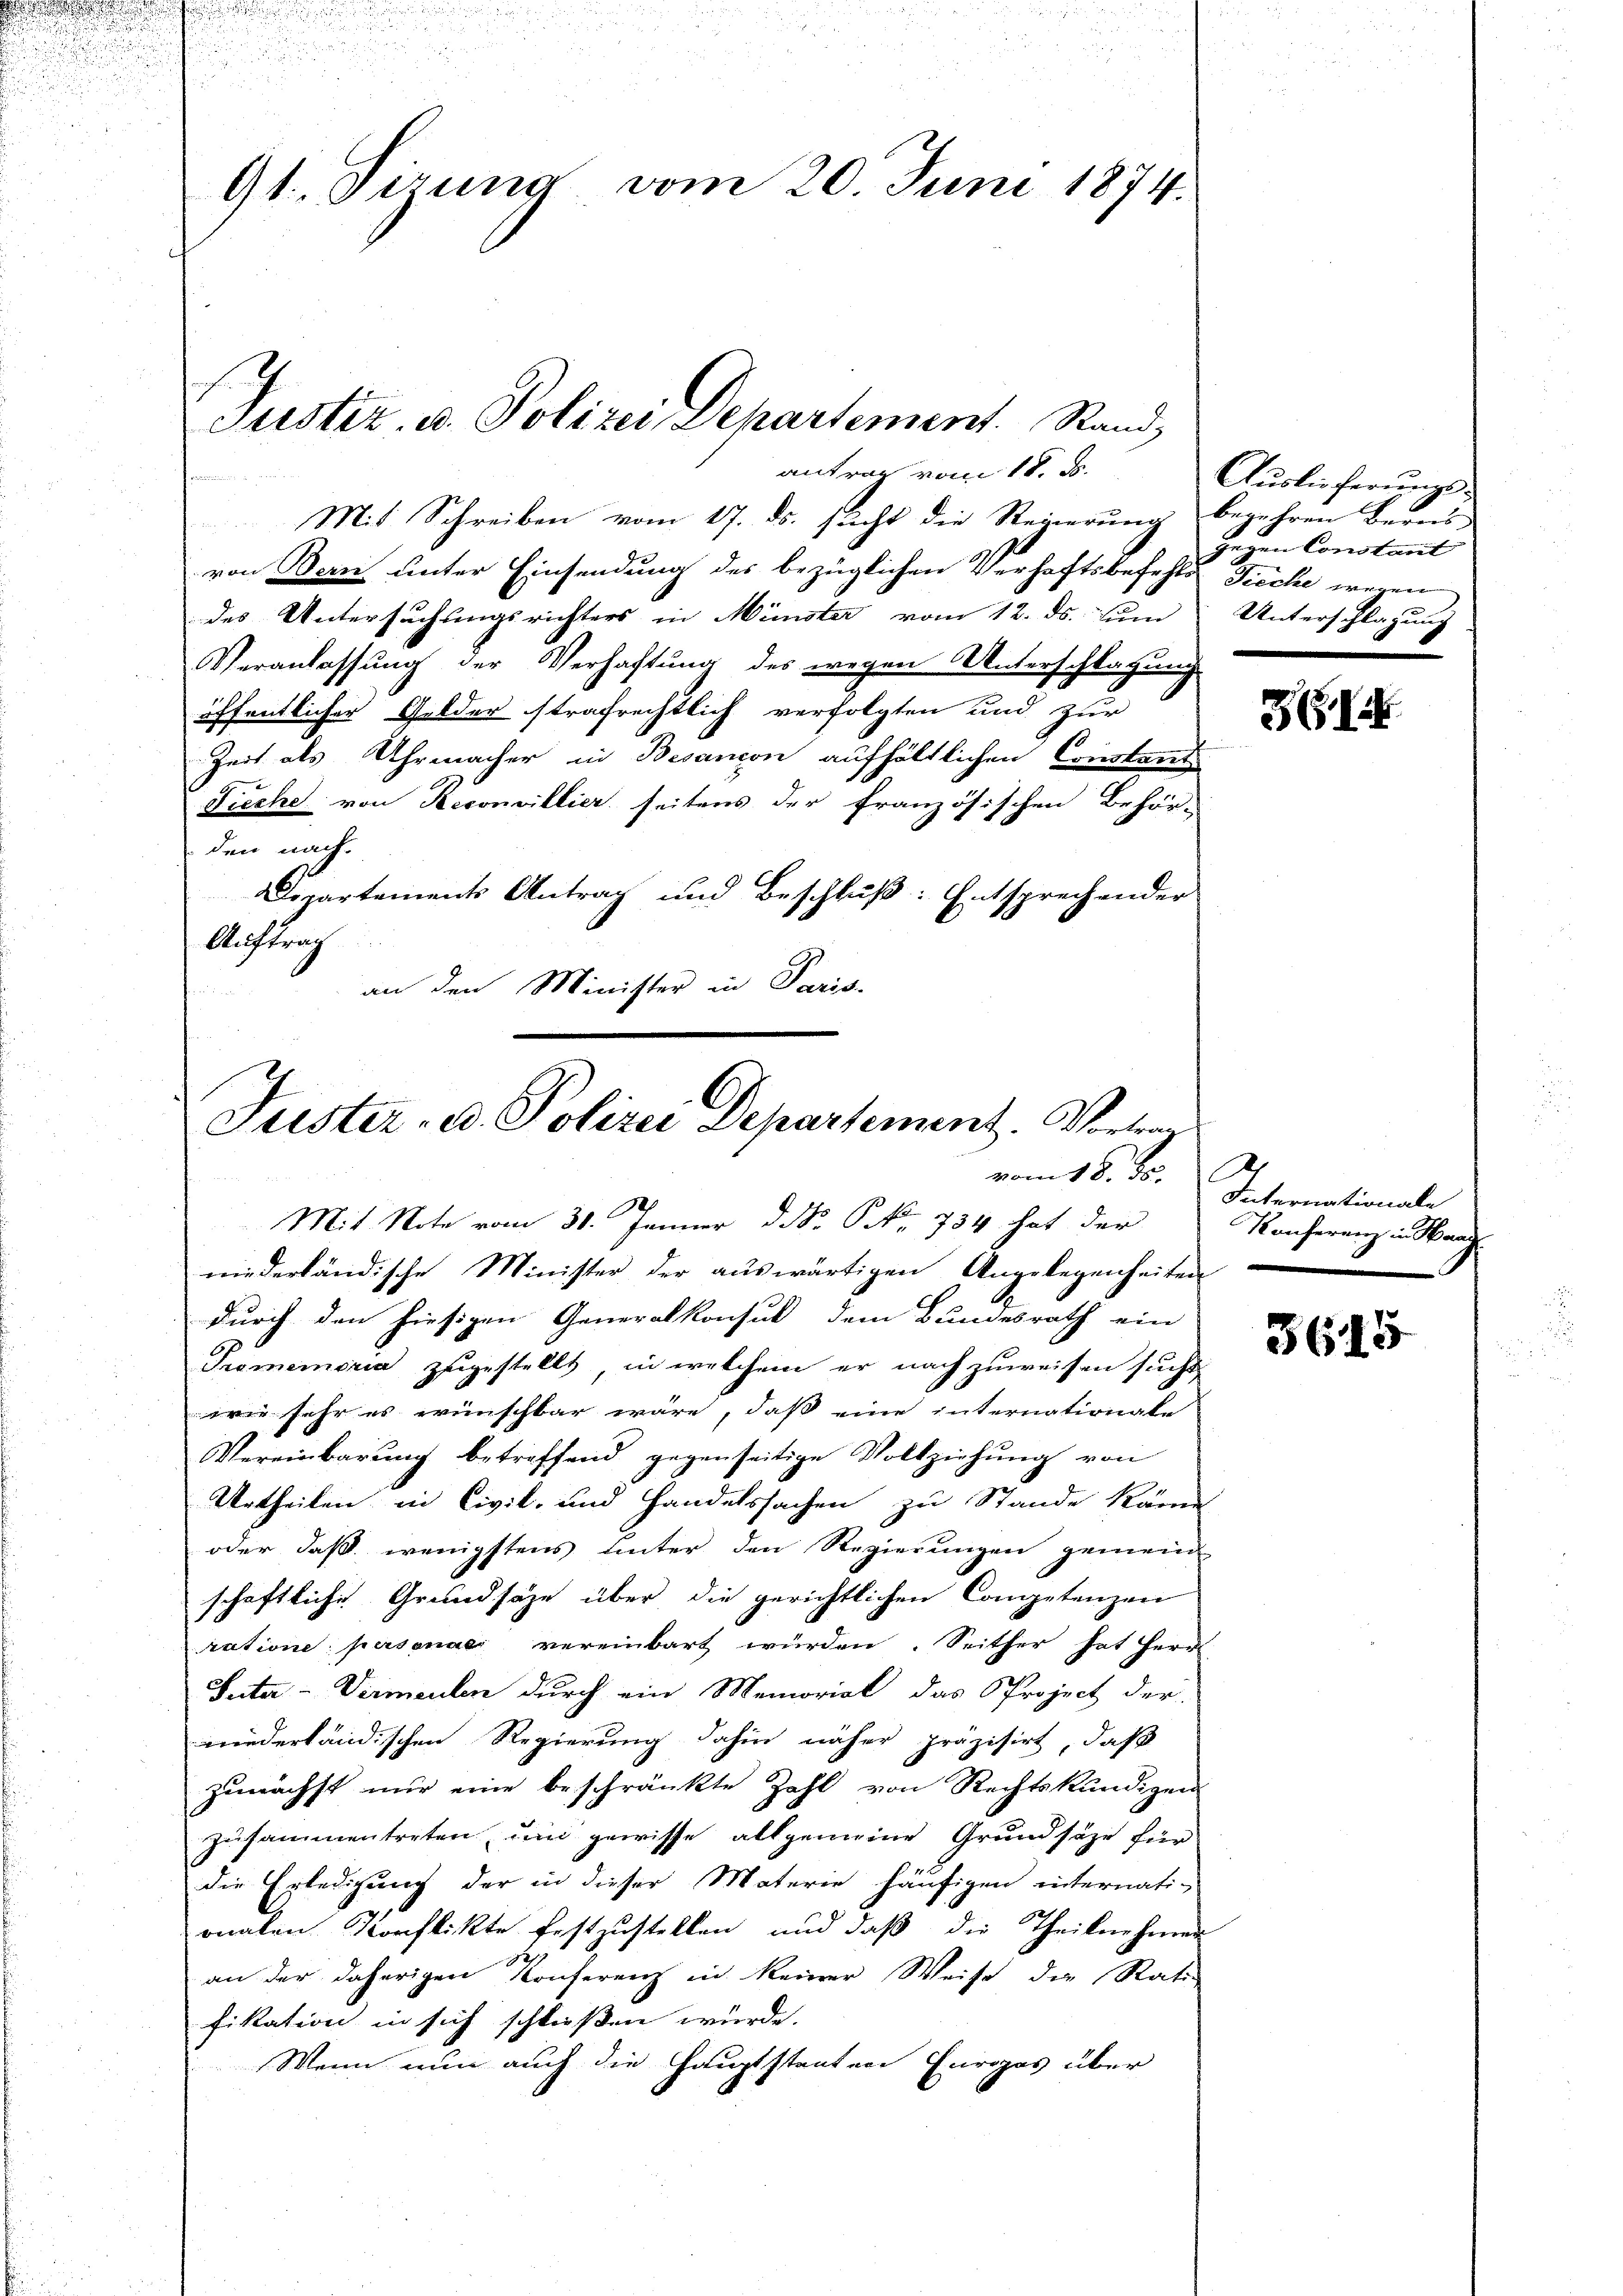
e

e

9t. Fizung vom 20. Juni 1874.

Mit Schreiben vom 17. ds. sucht die Regierung begehren Berns
von Bern unter Einsendung des bezüglichen Verhaftsbefehle Tieche wegen
des Untersuchungsrichters in Münster vom 12. ds. zum Unterschlagung
Veranlassung der Verhaftung des wegen Unterschlagung
öffentlicher Gelder strafrechtlich verfolgten und zur
Zeit als Uhrmacher in Besancon aufhältlichen Constant
Fieche von Reconvillier, seitens der französischen Behör-
den nach.
Dipartements Antrag und Beschluß: Entsprechender
Auftrag
an den Minister in Paris-

af
Justiz- u. Polizei Departement. Stand,
antrag vom 18. ds.
¬

C
Fuster, u. Polizei Departement. Vortrag
vom 18. ds.

Mit Note vom 30. Jänner do. S. 734 hat der
niederländische Minister der auswärtigen Angelegenheiten
durch den hiesigen Generalkonsul dem Bundesrath ein
Promemoria zugestellt, in welchem er nachzuweisen sucht,
wie sehr es wünschbar wäre, daß eine internationale
Vereinbarŭng betreffend gegenseitige Vollziehŭng von
Urtheilen in Civil- und Handelssachen zu Stande käme
oder daß wenigstens unter den Regierungen gemein
schaftliche Grundsäze über die gerichtlichen Competenzen
ratione personae vereinbart würden. Seither hat Herrl
Inter-Vermenten durch ein Memorial das Project der
wiederländischen Regierung dahin näher präzisirt, daß
zunächst nur eine beschränkte Zahl von Rechtskundigen
zusammentreten, und gewisse allgemeine Grundsätze für
die Erledigung der in dieser Materie häufigen internati-
onalen Konflikte festzustellen, und daß die Theilnehmen
an der daherigen Konferenz in keiner Weise die Rati
fikation in sich schließen würde.
Wenn nun auch die Hauptstanten Europas über

Auslieferungs-
gegen Constant

ZG

Internationale
Konferenz in Waag

3645